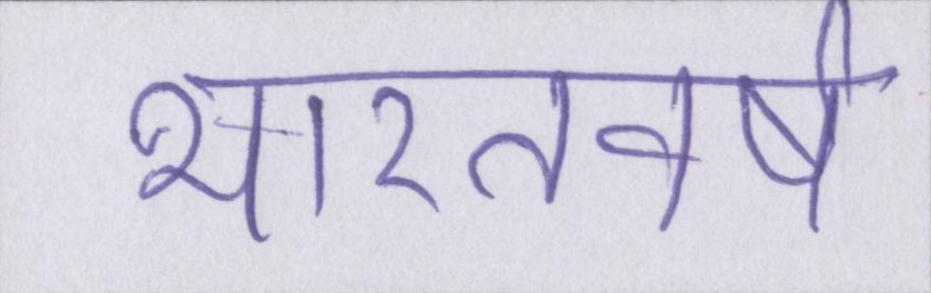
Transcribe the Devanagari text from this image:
भारतवर्ष